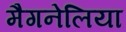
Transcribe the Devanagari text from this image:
मैगनेलिया